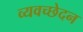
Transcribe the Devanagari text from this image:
व्यवच्छेदन